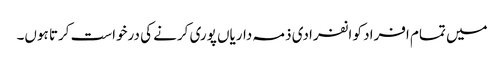
میں تمام افراد کو انفرادی ذمہ داریاں پوری کرنے کی درخواست کرتا ہوں۔